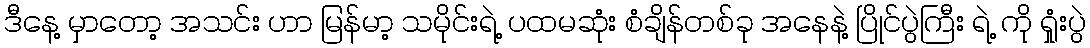
ဒီနေ့ မှာတော့ အသင်း ဟာ မြန်မာ့ သမိုင်းရဲ့ ပထမဆုံး စံချိန်တစ်ခု အနေနဲ့ ပြိုင်ပွဲကြီး ရဲ့ ကို ရှုံးပွဲ